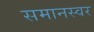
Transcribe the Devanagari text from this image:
समानस्वर